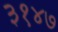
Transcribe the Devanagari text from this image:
३१४७